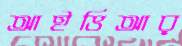
আইভিআর